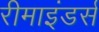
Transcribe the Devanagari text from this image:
रीमाइंडर्स